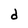
Character: d